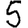
Digit: 5